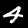
Digit: 4